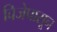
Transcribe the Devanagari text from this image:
विजेपासून